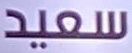
سعيد